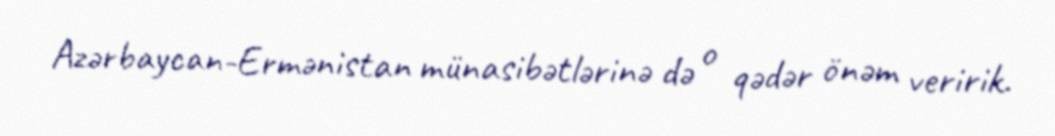
Azərbaycan-Ermənistan münasibətlərinə də o qədər önəm veririk.